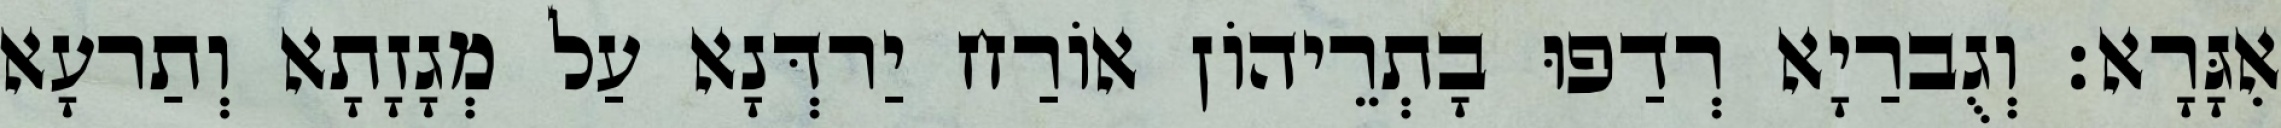
אִגָּרָא׃ וְגֻברַיָא רְדַפוּ בָתְרֵיהוֹן אוֹרַח יַרדְּנָא עַל מְגָזָתָא וְתַרעָא